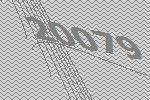
20079